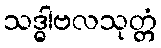
သဒ္ဓါဗလသုတ္တံ